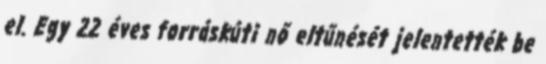
el. Egy 22 éves forráskúti nő eltűnését jelentették be